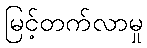
မြင့်တက်လာမှု